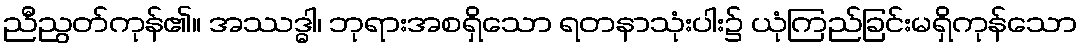
ညီညွတ်ကုန်၏။ အဿဒ္ဓါ၊ ဘုရားအစရှိသော ရတနာသုံးပါး၌ ယုံကြည်ခြင်းမရှိကုန်သော